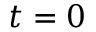
t = 0